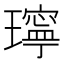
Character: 𤪥